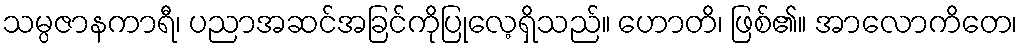
သမ္ပဇာနကာရီ၊ ပညာအဆင်အခြင်ကိုပြုလေ့ရှိသည်။ ဟောတိ၊ ဖြစ်၏။ အာလောကိတေ၊